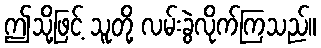
ဤသို့ဖြင့် သူတို့ လမ်းခွဲလိုက်ကြသည်။